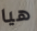
هيا